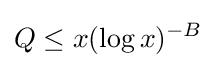
Q\leq x(\log x)^{-B}